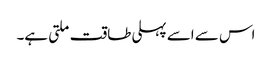
اس سے اسے پہلی طاقت ملتی ہے۔